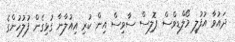
ދައުވާ އުފުލީ މޯލްޑިވްސް ޕޮލިސް ސާވިސް އިން ކުރި އިއުލާނާ ގުޅިގެން ފުލުހުންގެ